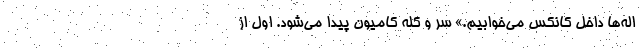
اله‌ها داخل کانکس می‌خوابیم.» سر و کله کامیون پیدا می‌شود. اول از